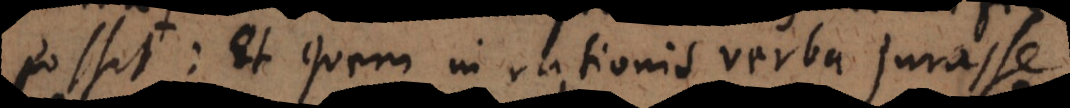
possit: Et quem in rationis verba jurasse